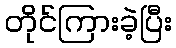
တိုင်ကြားခဲ့ပြီး